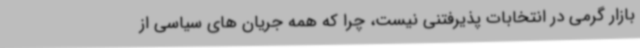
بازار گرمی در انتخابات پذیرفتنی نیست، چرا که همه جریان های سیاسی از